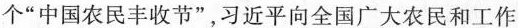
个”中国农民丰收节”，习近平向全国广大农民和工作